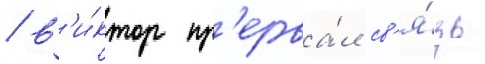
/ в'и́ктор пр'ерва́л св'я́зь